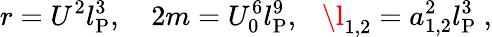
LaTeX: r=U^{2}l_{\mathrm{P}}^{3},\ \ \ \ 2m=U_{0}^{6}l_{\mathrm{P}}^{9},\ \ \ \l_{1,2}=a_{1,2}^{2}l_{\mathrm{P}}^{3}\ ,